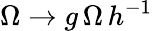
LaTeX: \Omega\rightarrow g\, \Omega\, h^{-1}